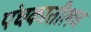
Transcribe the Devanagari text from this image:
पंचकातीलच